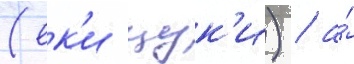
(ек'и цук'и) / а́